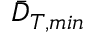
\bar { D } _ { T , m i n }